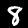
Digit: 8